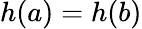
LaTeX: h(a)=h(b)